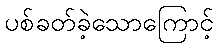
ပစ်ခတ်ခဲ့သောကြောင့်